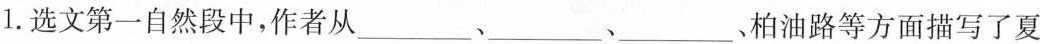
1.选文第一自然段中，作者从___、___、___柏油路等方面描写了夏